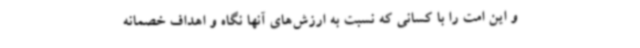
و این امت را با کسانی که نسبت به ارزش‌های آنها نگاه و اهداف خصمانه